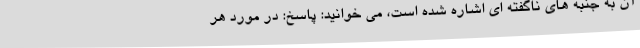
آن به جنبه های ناگفته ای اشاره شده است، می خوانید: پاسخ: در مورد هر